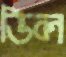
ডিল